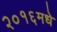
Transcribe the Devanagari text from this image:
२०१६मधे